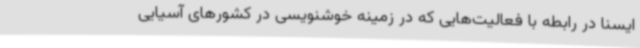
ایسنا در رابطه با فعالیت‌هایی که در زمینه خوشنویسی در کشورهای آسیایی